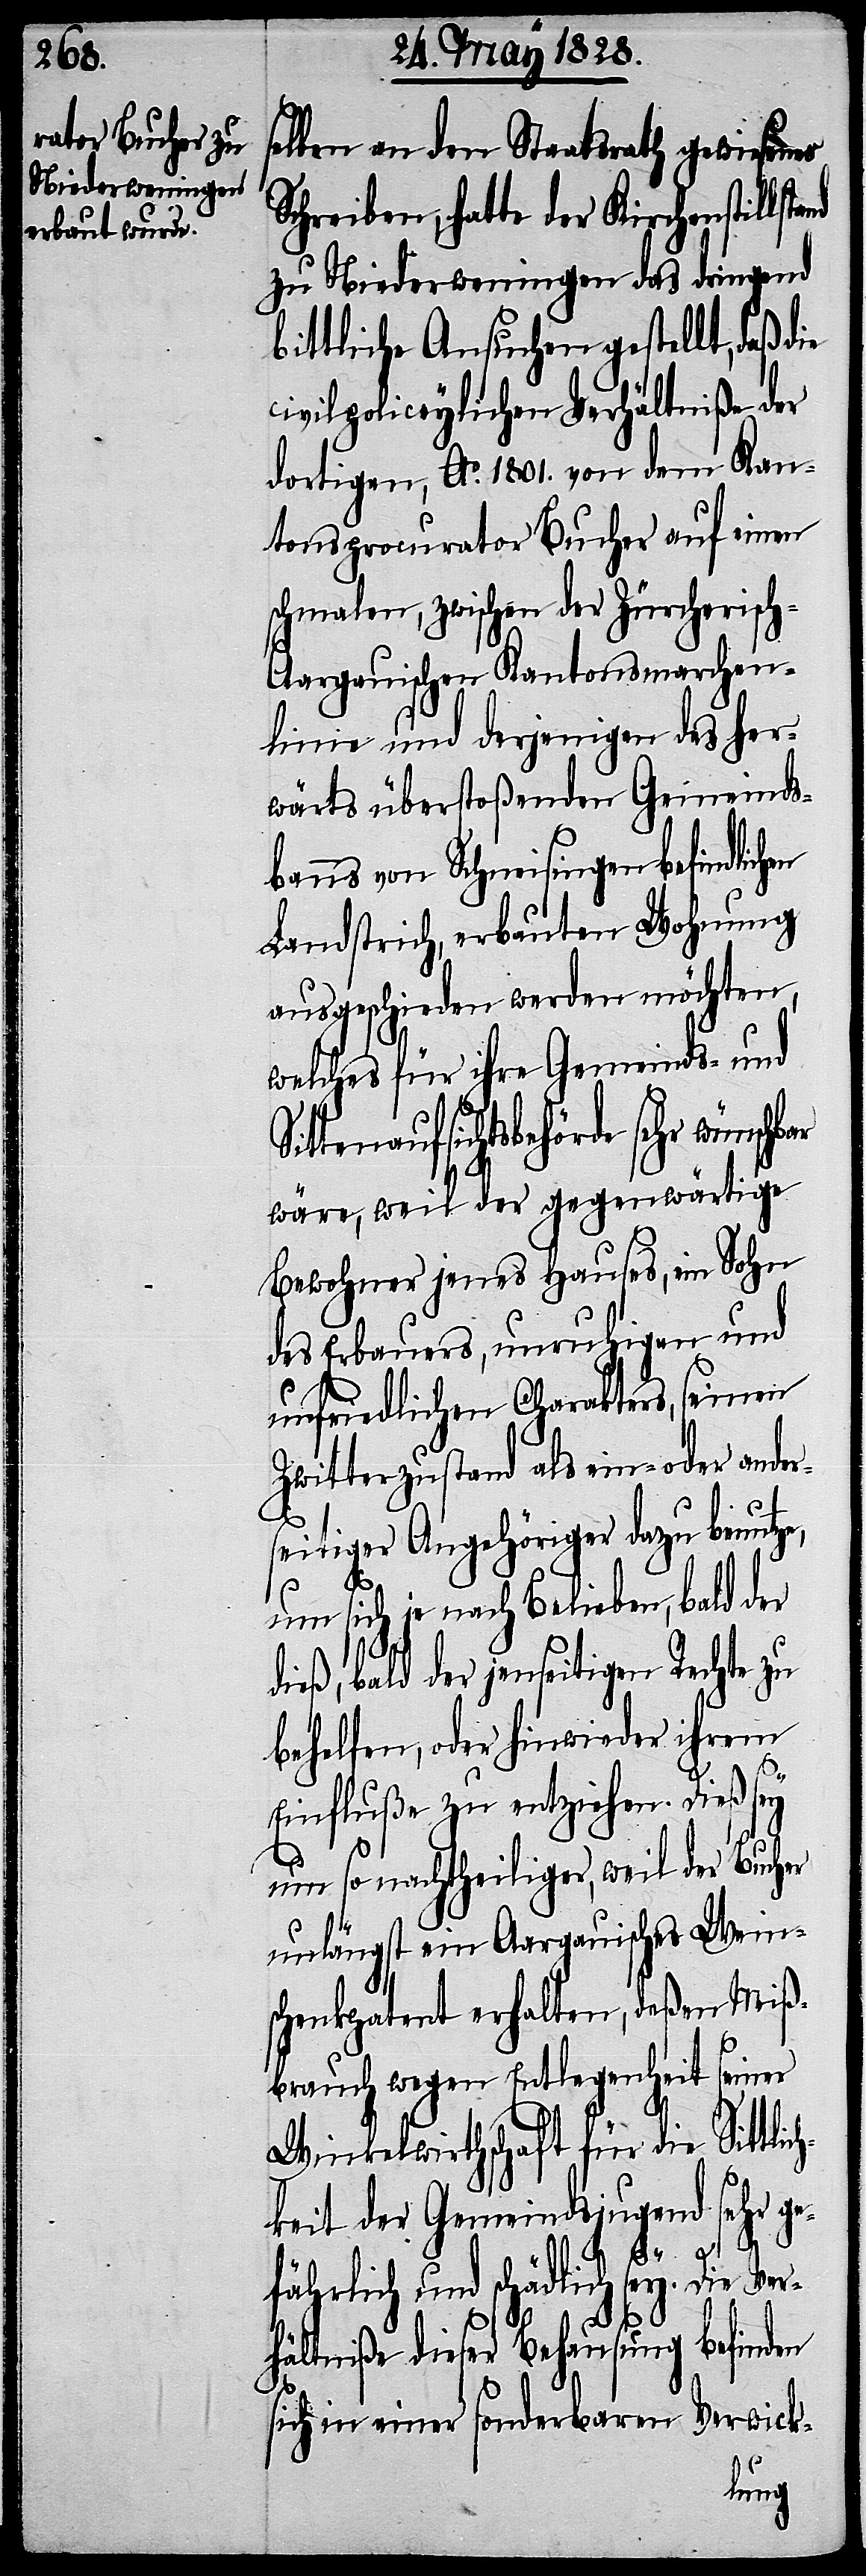
selben an den Staatsrath gewiesenes
Schreiben, hatte der Kirchenstillst¬
zu Niederweningen das dringend
bittliche Ansuchen gestellt, daß d¬
civilpoliceylichen Verhältniße der
dortigen, Ao. 1801. von dem Kan¬
tonsprocurator Bucher auf einen
schmalen, zwischen der Zürcherisc¬
h-Aargauischen Kantonsmarchen¬
linie und derjenigen des her¬
wärts überstoßenden Gemeinds¬
banns von Schneisingen befindlich¬
Landstrich, erbauten Wohnung
ausgeschieden werden möchten,
welches für ihre Gemeinds- und
Sittenaufsichtsbehörde sehr
wäre, weil der gegenwärtige
Bewohner jenes Hauses, ein Sohn
des Erbauers, unruhigen und
unfriedlichen Charakters, seinen
Zwitterzustand als ein- oder ander¬
seitiger Angehöriger dazu benütze,
um sich je nach Belieben, bald der
dieß, bald der jenseitigen Rechte zu
behelfen, oder hinwieder ihrem
en
Einfluße zu entziehen. Dieß sey
um so nachtheiliger, wie der Bucher
unlängst ein Aargauisches Wein¬
schenkpatent erhalten, deßen Miß¬
brauch wegen Entlegenheit seiner
Winkelwirthschaft für die Sittlic¬
hkeit der Gemeindsjugend sehr ge¬
fährlich und schädlich sey. Die Ver¬
hältniße dieser Behausung befinden
sich in einer sonderbaren Verwick-